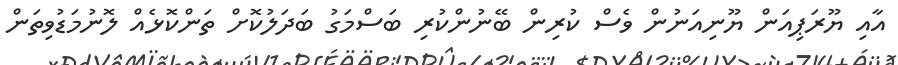
އާއި ޔޫރަޕިއަން ޔޫނިއަނުން ވެސް ކުރިން ބޭނުންކުރި ބަސްމަގު ބަދަލުކޮށް ތަންކޮޅެއް ލޮނުމަޑުވިތަން